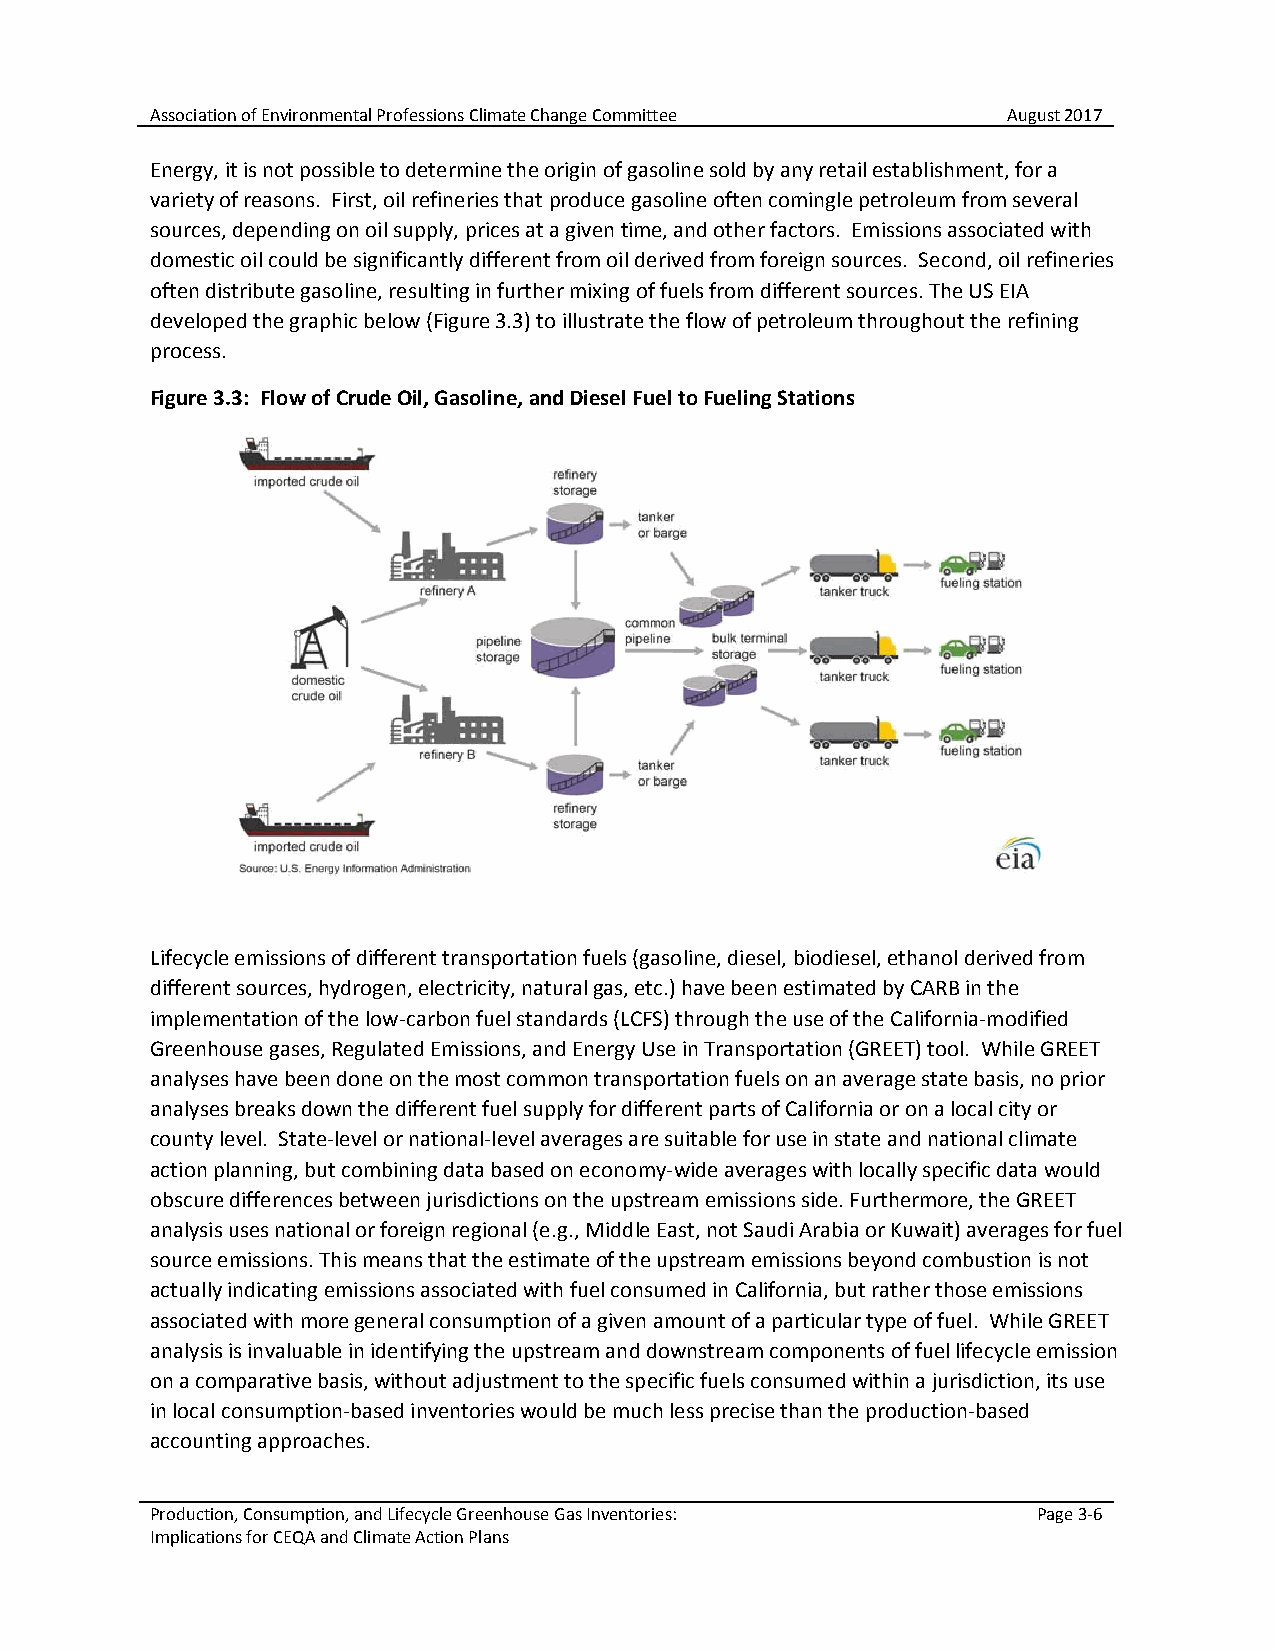
Association of Environmental Professions Climate Change Committee August 2017
 Energy, it is not possible to determine the origin of gasoline sold by any retail establishment, for a
 variety of reasons. First, oil refineries that produce gasoline often comingle petroleum from several
 sources, depending on oil supply, prices at a given time, and other factors. Emissions associated with
 domestic oil could be significantly different from oil derived from foreign sources. Second, oil refineries
 often distribute gasoline, resulting in further mixing of fuels from different sources. The US EIA
 developed the graphic below (Figure 3.3) to illustrate the flow of petroleum throughout the refining
 process.
 Figure 3.3: Flow of Crude Oil, Gasoline, and Diesel Fuel to Fueling Stations
 Lifecycle emissions of different transportation fuels (gasoline, diesel, biodiesel, ethanol derived from
 different sources, hydrogen, electricity, natural gas, etc.) have been estimated by CARB in the
 implementation of the low-carbon fuel standards (LCFS) through the use of the California-modified
 Greenhouse gases, Regulated Emissions, and Energy Use in Transportation (GREET) tool. While GREET
 analyses have been done on the most common transportation fuels on an average state basis, no prior
 analyses breaks down the different fuel supply for different parts of California or on a local city or
 county level. State-level or national-level averages are suitable for use in state and national climate
 action planning, but combining data based on economy-wide averages with locally specific data would
 obscure differences between jurisdictions on the upstream emissions side. Furthermore, the GREET
 analysis uses national or foreign regional (e.g., Middle East, not Saudi Arabia or Kuwait) averages for fuel
 source emissions. This means that the estimate of the upstream emissions beyond combustion is not
 actually indicating emissions associated with fuel consumed in California, but rather those emissions
 associated with more general consumption of a given amount of a particular type of fuel. While GREET
 analysis is invaluable in identifying the upstream and downstream components of fuel lifecycle emission
 on a comparative basis, without adjustment to the specific fuels consumed within a jurisdiction, its use
 in local consumption-based inventories would be much less precise than the production-based
 accounting approaches.
 Production, Consumption, and Lifecycle Greenhouse Gas Inventories: Page 3-6
 Implications for CEQA and Climate Action Plans